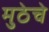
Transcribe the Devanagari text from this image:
मुठेचे